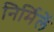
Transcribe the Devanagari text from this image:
निर्मिलें